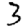
Digit: 3